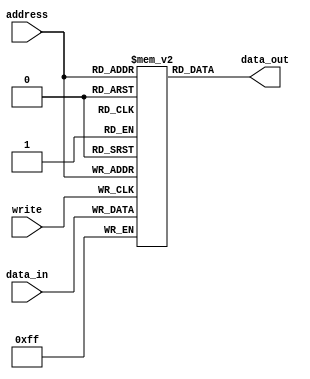
module Flash_ROM(
    input wire [7:0] address,
    input wire [7:0] data_in,
    input wire write,
    output reg [7:0] data_out
);

// Define memory blocks as an array of registers
reg [7:0] memory_blocks [0:255];

// Read operation
always @ (posedge write) begin
    if (write) begin
        memory_blocks[address] <= data_in;
    end
end

// Write operation
always @ (address) begin
    data_out <= memory_blocks[address];
end

endmodule